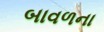
બાવળના